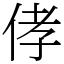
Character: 侾